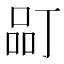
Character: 𱓂